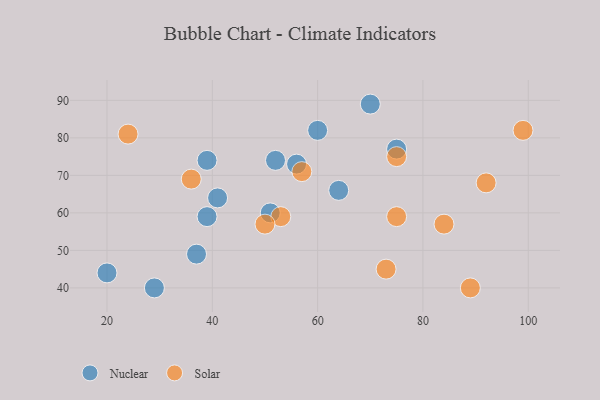
{"axis": {"x": "GDP", "y": "Life Expectancy"}, "legend": ["Nuclear", "Solar"], "data": [{"x": "60", "y": 82, "type": "Nuclear"}, {"x": "64", "y": 66, "type": "Nuclear"}, {"x": "29", "y": 40, "type": "Nuclear"}, {"x": "39", "y": 74, "type": "Nuclear"}, {"x": "39", "y": 59, "type": "Nuclear"}, {"x": "20", "y": 44, "type": "Nuclear"}, {"x": "56", "y": 73, "type": "Nuclear"}, {"x": "37", "y": 49, "type": "Nuclear"}, {"x": "41", "y": 64, "type": "Nuclear"}, {"x": "75", "y": 77, "type": "Nuclear"}, {"x": "70", "y": 89, "type": "Nuclear"}, {"x": "51", "y": 60, "type": "Nuclear"}, {"x": "52", "y": 74, "type": "Nuclear"}, {"x": "73", "y": 45, "type": "Solar"}, {"x": "36", "y": 69, "type": "Solar"}, {"x": "84", "y": 57, "type": "Solar"}, {"x": "99", "y": 82, "type": "Solar"}, {"x": "89", "y": 40, "type": "Solar"}, {"x": "92", "y": 68, "type": "Solar"}, {"x": "24", "y": 81, "type": "Solar"}, {"x": "57", "y": 71, "type": "Solar"}, {"x": "53", "y": 59, "type": "Solar"}, {"x": "75", "y": 75, "type": "Solar"}, {"x": "75", "y": 59, "type": "Solar"}, {"x": "50", "y": 57, "type": "Solar"}]}